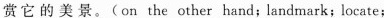
赏它的美景。(on the other hand;landmark;locate;